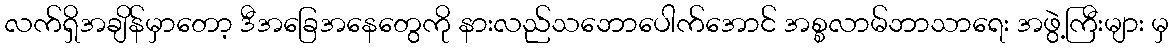
လက်ရှိအချိန်မှာတော့ ဒီအခြေအနေတွေကို နားလည်သဘောပေါက်အောင် အစ္စလာမ်ဘာသာရေး အဖွဲ့ကြီးများ မှ